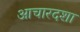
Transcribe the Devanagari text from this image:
आचारदशा